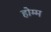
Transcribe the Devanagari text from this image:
होम्म